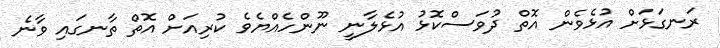
ރަނގަޅަށް އުޅެވެން އޮތް ދުވަސްކޮޅު އުޅެލާނީ ނޫންހެއްޔެވެ ކުރިއަށް އޮތް ތާނގައި ވާނެ